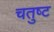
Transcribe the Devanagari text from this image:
चतुष्‍ट